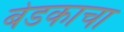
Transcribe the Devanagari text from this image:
बेडकाचा